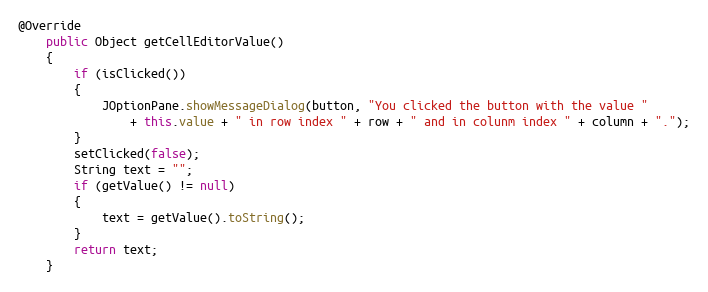
Language: Java
@Override
	public Object getCellEditorValue()
	{
		if (isClicked())
		{
			JOptionPane.showMessageDialog(button, "You clicked the button with the value "
				+ this.value + " in row index " + row + " and in colunm index " + column + ".");
		}
		setClicked(false);
		String text = "";
		if (getValue() != null)
		{
			text = getValue().toString();
		}
		return text;
	}